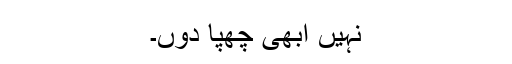
نہیں ابھی چھپا دوں۔